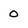
Character: O